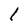
Character: l